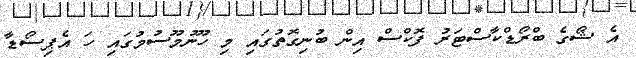
އެ ޝޯގެ ބްރޯޑްކާސްޓަރު ފޮކްސް އިން ބުނިގޮތުގައި މި ހޫނުމޫސުމުގައި ހަ އެޕިސޯޑާ